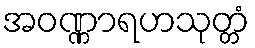
အဝဏ္ဏာရဟသုတ္တံ